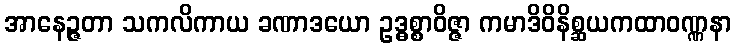
အာနေဉ္ဇတာ သကလိကာယ ခဏာဒယော ဥဒ္ဓစ္စာဝိဇ္ဇာ ကမာဒိဝိနိစ္ဆယကထာဝဏ္ဏနာ